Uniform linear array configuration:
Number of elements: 24
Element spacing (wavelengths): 0.5
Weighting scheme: blackman
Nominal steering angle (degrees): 15
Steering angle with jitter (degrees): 16.78
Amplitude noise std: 0.05
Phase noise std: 0.05

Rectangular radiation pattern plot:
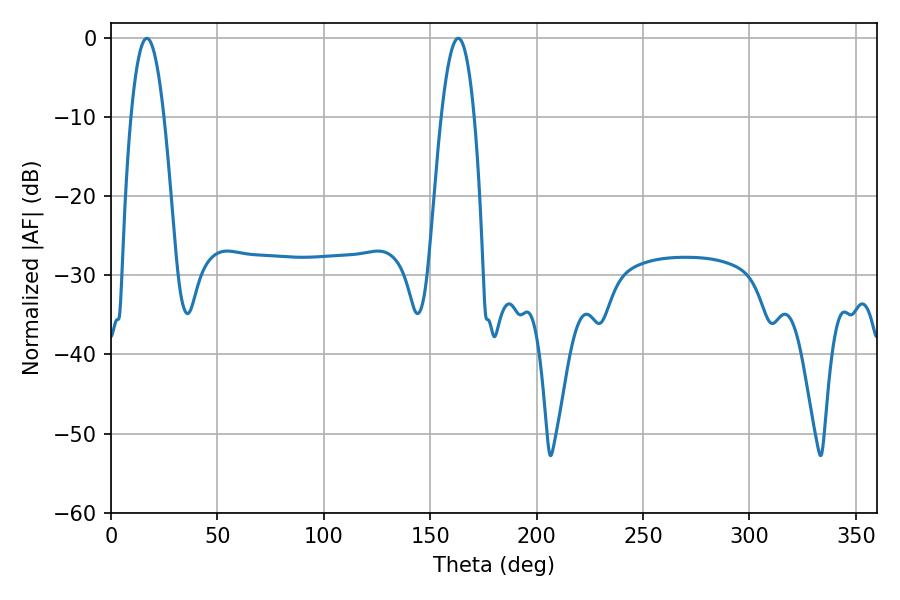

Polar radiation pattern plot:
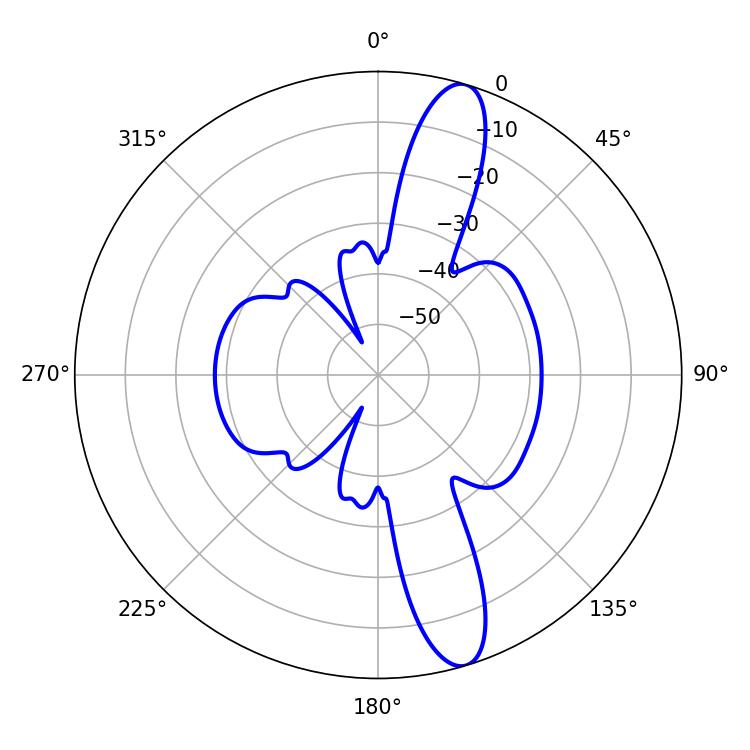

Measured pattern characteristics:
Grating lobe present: FALSE
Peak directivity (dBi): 13.256
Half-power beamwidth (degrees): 8.64
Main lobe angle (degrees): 16.92